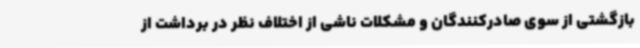
بازگشتی از سوی صادرکنندگان و مشکلات ناشی از اختلاف نظر در برداشت از